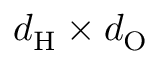
d _ { \mathrm { H } } \times d _ { \mathrm { O } }